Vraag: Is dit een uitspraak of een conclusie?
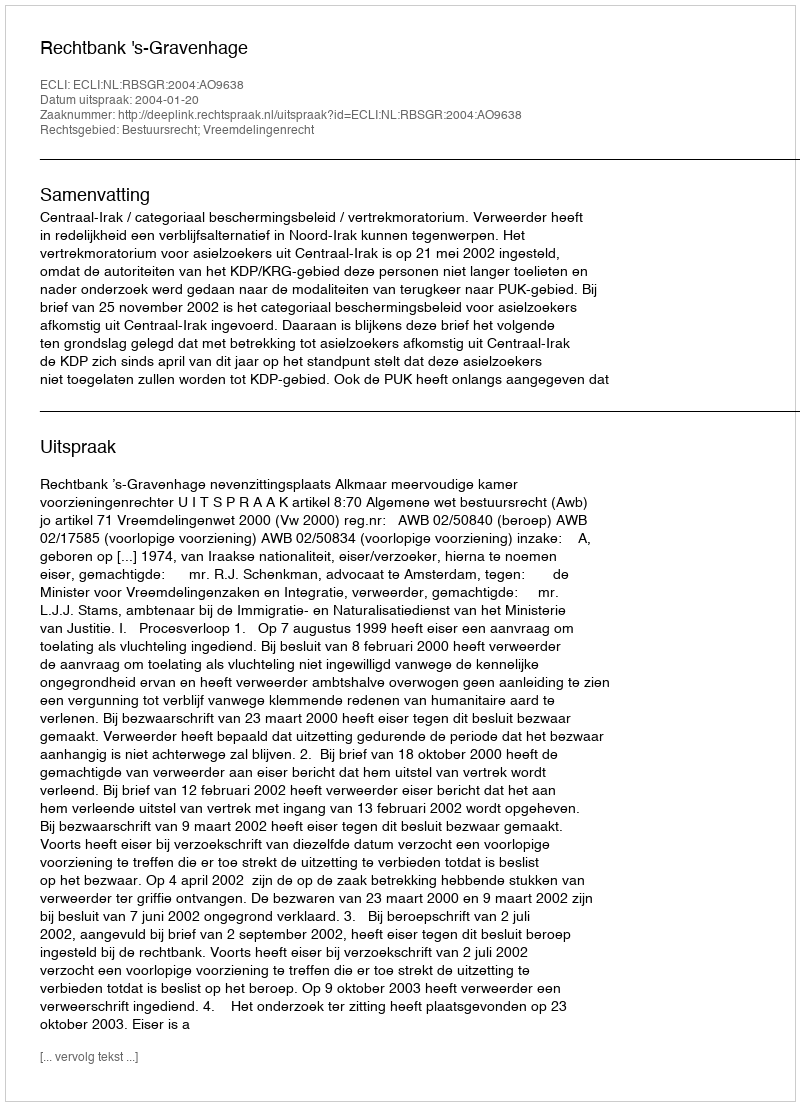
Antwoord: Uitspraak